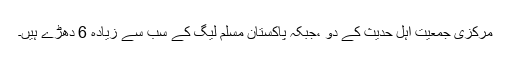
مرکزی جمعیت اہل حدیث کے دو ،جبکہ پاکستان مسلم لیگ کے سب سے زیادہ 6 دھڑے ہیں۔